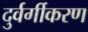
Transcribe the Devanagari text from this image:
दुर्वर्गीकरण